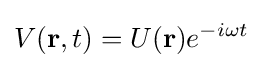
V(\mathbf {r} ,t)=U(\mathbf {r} )e^{-i\omega t}